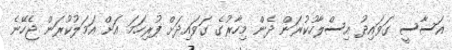
އަސާސީ ގަވައިދު އިސްލާހުކުރަން ދެން މިހާރުގެ ގަވައިދަށް ފުރިހަމަ އަށް އަމަލުކުރަން ޖެހޭނެ